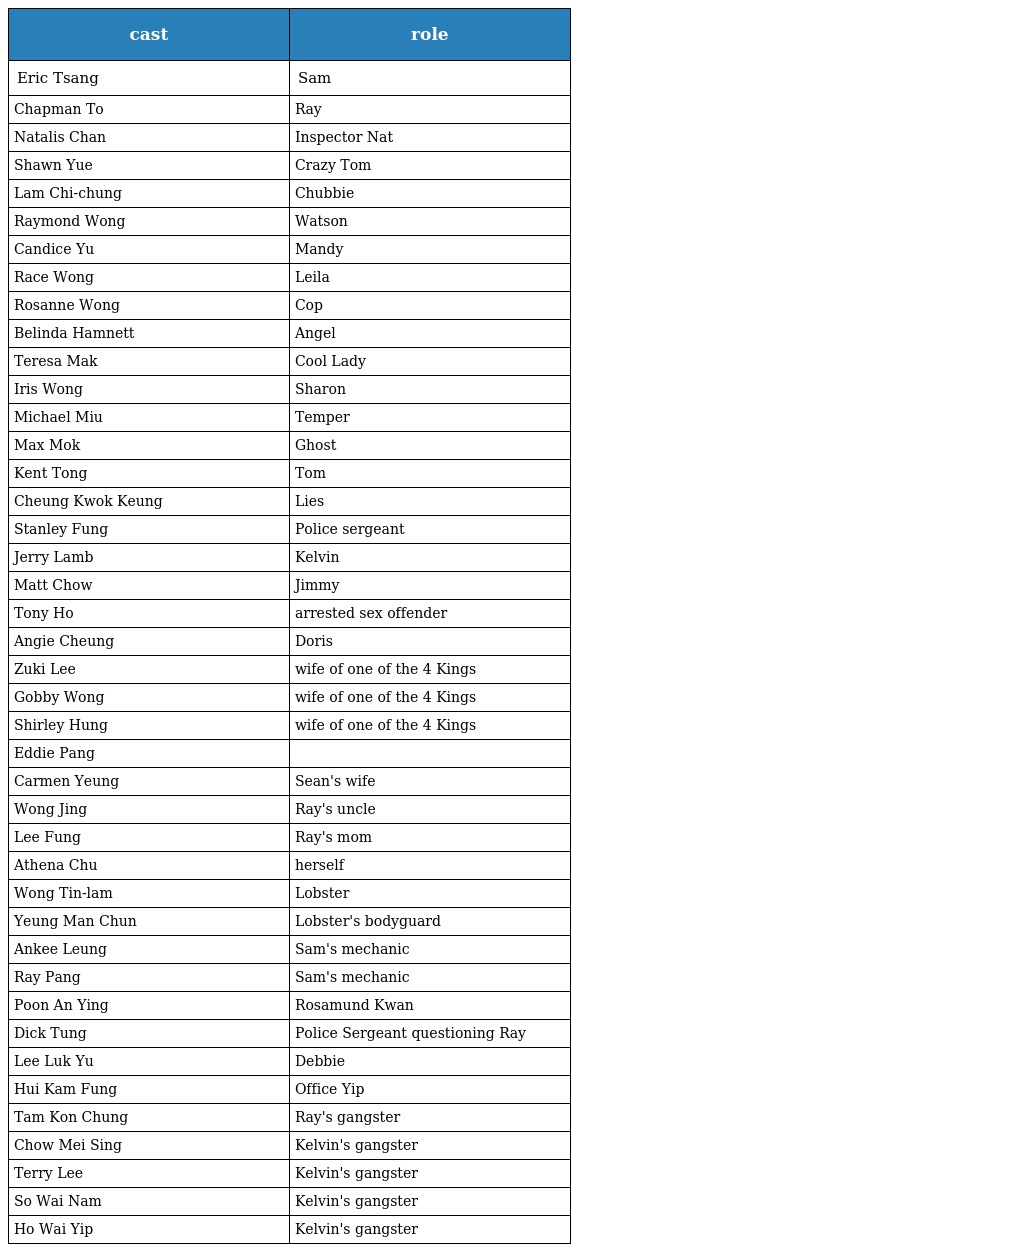
| cast | role |
 | --- | --- |
 | Eric Tsang | Sam |
 | Chapman To | Ray |
 | Natalis Chan | Inspector Nat |
 | Shawn Yue | Crazy Tom |
 | Lam Chi-chung | Chubbie |
 | Raymond Wong | Watson |
 | Candice Yu | Mandy |
 | Race Wong | Leila |
 | Rosanne Wong | Cop |
 | Belinda Hamnett | Angel |
 | Teresa Mak | Cool Lady |
 | Iris Wong | Sharon |
 | Michael Miu | Temper |
 | Max Mok | Ghost |
 | Kent Tong | Tom |
 | Cheung Kwok Keung | Lies |
 | Stanley Fung | Police sergeant |
 | Jerry Lamb | Kelvin |
 | Matt Chow | Jimmy |
 | Tony Ho | arrested sex offender |
 | Angie Cheung | Doris |
 | Zuki Lee | wife of one of the 4 Kings |
 | Gobby Wong | wife of one of the 4 Kings |
 | Shirley Hung | wife of one of the 4 Kings |
 | Eddie Pang |  |
 | Carmen Yeung | Sean's wife |
 | Wong Jing | Ray's uncle |
 | Lee Fung | Ray's mom |
 | Athena Chu | herself |
 | Wong Tin-lam | Lobster |
 | Yeung Man Chun | Lobster's bodyguard |
 | Ankee Leung | Sam's mechanic |
 | Ray Pang | Sam's mechanic |
 | Poon An Ying | Rosamund Kwan |
 | Dick Tung | Police Sergeant questioning Ray |
 | Lee Luk Yu | Debbie |
 | Hui Kam Fung | Office Yip |
 | Tam Kon Chung | Ray's gangster |
 | Chow Mei Sing | Kelvin's gangster |
 | Terry Lee | Kelvin's gangster |
 | So Wai Nam | Kelvin's gangster |
 | Ho Wai Yip | Kelvin's gangster |